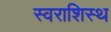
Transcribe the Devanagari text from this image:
स्वराशिस्थ